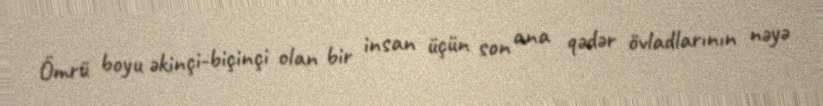
Ömrü boyu əkinçi-biçinçi olan bir insan üçün son ana qədər övladlarının nəyə